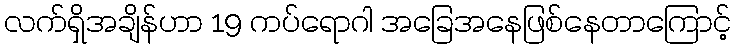
လက်ရှိအချိန်ဟာ 19 ကပ်ရောဂါ အခြေအနေဖြစ်နေတာကြောင့်